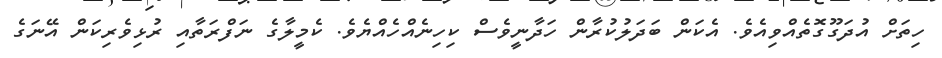
ހިތަށް އުދަގޫގޮތެއްވިއެވެ. އެކަން ބަދަލުކުރާން ހަދާނީވެސް ކިހިނެއްހެއްޔެވެ. ކެމީލާގެ ނަފްރަތާއި ރުޅިވެރިކަން އޭނަގެ